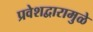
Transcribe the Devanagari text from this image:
प्रवेशद्वारामुळे